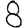
Digit: 8